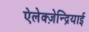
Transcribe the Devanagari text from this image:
ऐलेक्ज़ेन्द्रियाई